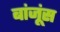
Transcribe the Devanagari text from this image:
बांजूंस